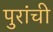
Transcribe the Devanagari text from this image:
पुरांची